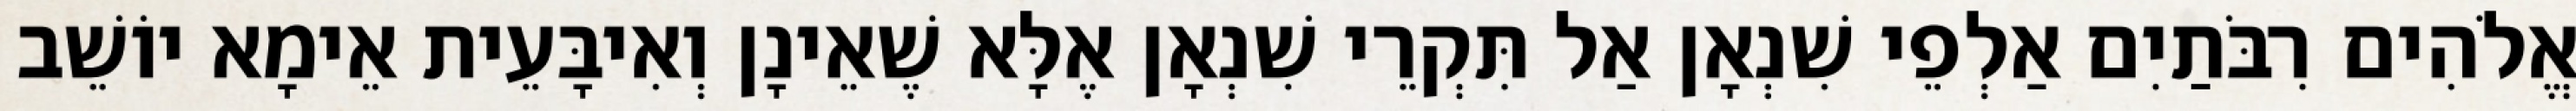
אֱלֹהִים רִבֹּתַיִם אַלְפֵי שִׁנְאָן אַל תִּקְרֵי שִׁנְאָן אֶלָּא שֶׁאֵינָן וְאִיבָּעֵית אֵימָא יוֹשֵׁב